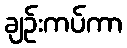
ချဉ်းကပ်ကာ